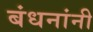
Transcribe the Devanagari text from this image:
बंधनांनी